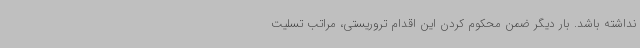
نداشته باشد. بار دیگر ضمن محکوم کردن این اقدام تروریستی، مراتب تسلیت